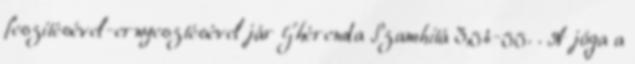
feszítésével-ernyesztésével jár Ghérenda Szamhitá 3,54-55. . A jóga a